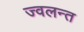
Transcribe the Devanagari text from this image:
ज्‍वलन्‍त